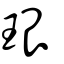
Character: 珢